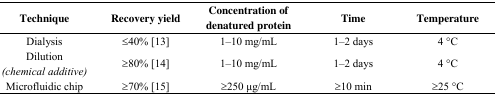
| Technique | Recovery yield | Concentration of denatured protein | Time | Temperature |
 | --- | --- | --- | --- | --- |
 | Dialysis | ≤40% [13] | 1–10 mg/mL | 1–2 days | 4 °C |
 | Dilution (chemical additive) | ≥80% [14] | 1–10 mg/mL | 1–2 days | 4 °C |
 | Microfluidic chip | ≥70% [15] | ≥250 μg/mL | ≥10 min | ≥25 °C |